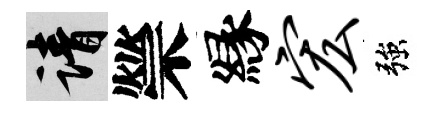
請禜縁宏強